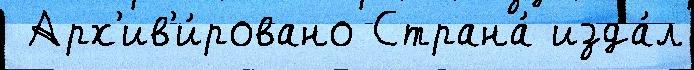
 Арх'ив'и́ровано Страна́ изда́л